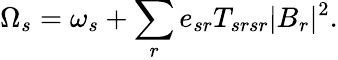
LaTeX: {\Omega_{s}=\omega_{s}+\sum_{r}e_{sr}T_{srsr}|B_{r}|^{2}.}